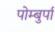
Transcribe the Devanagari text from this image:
पोम्बुर्पा